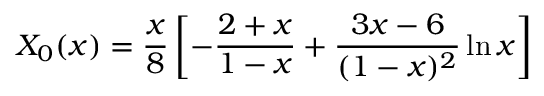
X _ { 0 } ( x ) = { \frac { x } { 8 } } \left[ - { \frac { 2 + x } { 1 - x } } + { \frac { 3 x - 6 } { ( 1 - x ) ^ { 2 } } } \ln x \right]